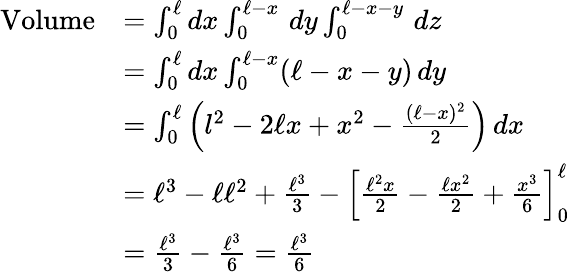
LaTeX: {\begin{array}{rl}{{\mathrm{Volume}}}&{=\int_{0}^{\ell}dx\int_{0}^{\ell-x}\, dy\int_{0}^{\ell-x-y}\, dz}\\ &{=\int_{0}^{\ell}dx\int_{0}^{\ell-x}(\ell-x-y)\, dy}\\ &{=\int_{0}^{\ell}\left(l^{2}-2\ell x+x^{2}-{\frac{(\ell-x)^{2}}{2}}\right)\, dx}\\ &{=\ell^{3}-\ell\ell^{2}+{\frac{\ell^{3}}{3}}-\left[{\frac{\ell^{2}x}{2}}-{\frac{\ell x^{2}}{2}}+{\frac{x^{3}}{6}}\right]_{0}^{\ell}}\\ &{={\frac{\ell^{3}}{3}}-{\frac{\ell^{3}}{6}}={\frac{\ell^{3}}{6}}}\end{array}}